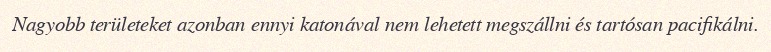
Nagyobb területeket azonban ennyi katonával nem lehetett megszállni és tartósan pacifikálni.